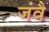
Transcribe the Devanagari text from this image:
जंवै